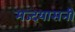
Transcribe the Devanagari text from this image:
मज्दयासनी